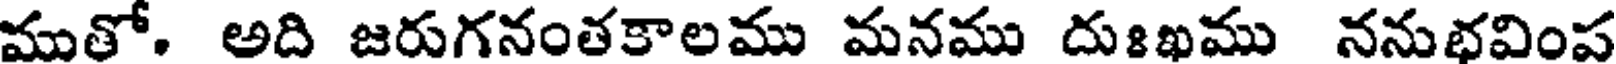
మతో. అది జరుగనంతకాలము మనము దుఃఖము ననుభవింప